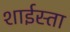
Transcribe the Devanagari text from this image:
शाईस्ता